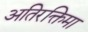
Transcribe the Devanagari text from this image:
अतिरक्तिमा